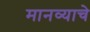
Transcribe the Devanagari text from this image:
मानव्याचे